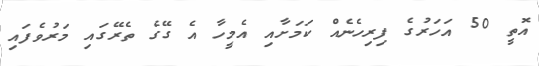
އޮތީ 50 އަހަރުގެ ފިރިހެނެއް ކަމަށާއި އެމީހާ އެ ގޭގެ ތެރޭގައި މަރުވެފައި